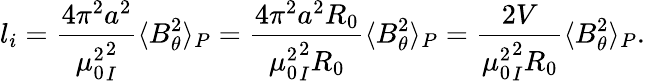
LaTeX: l_{i}=\frac{4\pi^{2}a^{2}}{{\mu_{0}^{2}}_I^{2}}\langle B_{\theta}^{2}\rangle_{P}=\frac{4\pi^{2}a^{2}R_{0}}{{\mu_{0}^{2}}_I^{2}R_{0}}\langle B_{\theta}^{2}\rangle_{P}=\frac{2V}{{\mu_{0}^{2}}_I^{2}R_{0}}\langle B_{\theta}^{2}\rangle_{P}.